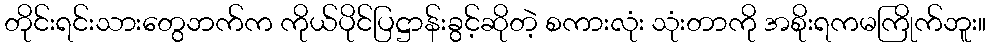
တိုင်းရင်းသားတွေဘက်က ကိုယ်ပိုင်ပြဋ္ဌာန်းခွင့်ဆိုတဲ့ စကားလုံး သုံးတာကို အစိုးရကမကြိုက်ဘူး။